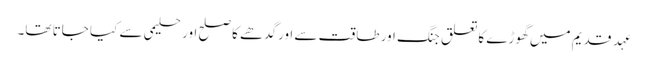
عہدِ قدیم میں گھوڑے کاتعلق جنگ اور طاقت سے اورگدھے کا صلح اور حلیمی سے کیا جاتا تھا۔